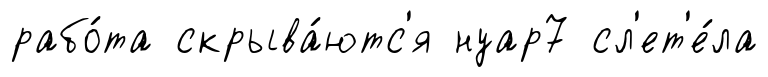
рабо́та скрыва́ютс'я нуар7 сл'ет'е́ла